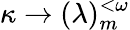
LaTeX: \kappa\rightarrow(\lambda)_{m}^{<\omega}